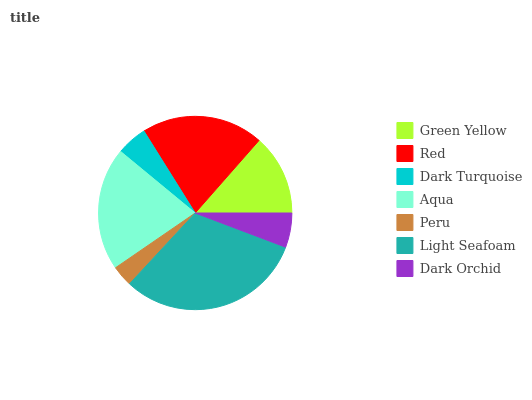
| Green Yellow | Red | Dark Turquoise | Aqua | Peru | Light Seafoam | Dark Orchid |
 | --- | --- | --- | --- | --- | --- | --- |
 | 13.5% | 20.4% | 5.12% | 20.5% | 3.52% | 31.2% | 5.74% |